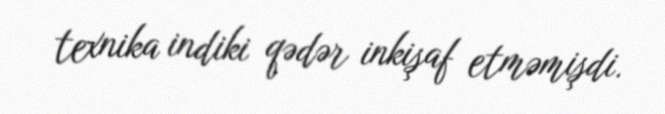
texnika indiki qədər inkişaf etməmişdi.